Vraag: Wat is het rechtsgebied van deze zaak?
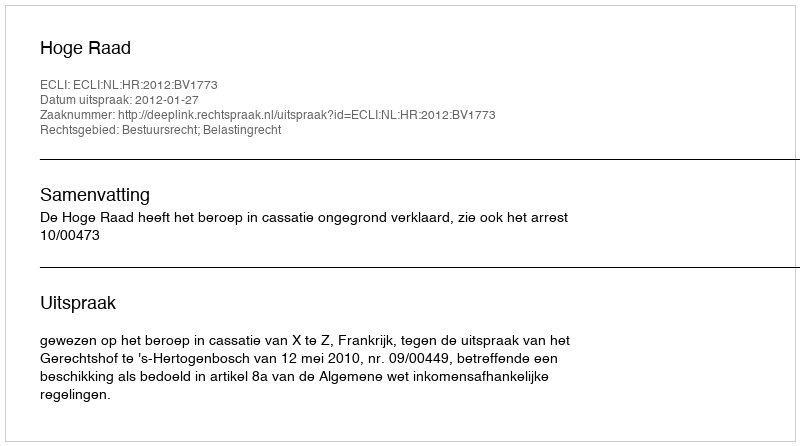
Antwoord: Bestuursrecht; Belastingrecht